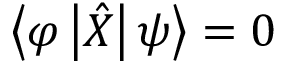
\left\langle \varphi \left| { \hat { X } } \right| \psi \right\rangle = 0